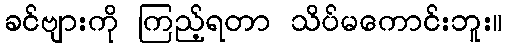
ခင်ဗျားကို ကြည့်ရတာ သိပ်မကောင်းဘူး။